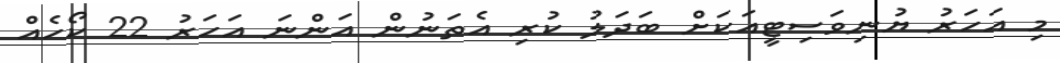
މި އަހަރު ޔުނިވަސިޓީއަކަށް ބަދަލު ކުރި އެތަނުން އަންނަ އަހަރު 22 ކޯހެއް